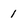
Character: 1